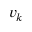
{ \boldsymbol { v } } _ { k }